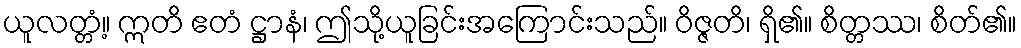
ယူလတ္တံ့။ ဣတိ ဧတံ ဋ္ဌာနံ၊ ဤသို့ယူခြင်းအကြောင်းသည်။ ဝိဇ္ဇတိ၊ ရှိ၏။ စိတ္တဿ၊ စိတ်၏။